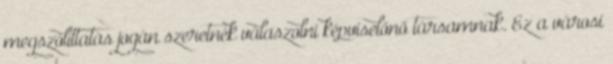
megszólíttatás jogán szeretnék válaszolni képviselőnő társamnak. Ez a városi